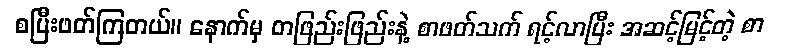
စပြီးဖတ်ကြတယ်။ နောက်မှ တဖြည်းဖြည်းနဲ့ စာဖတ်သက် ရင့်လာပြီး အဆင့်မြင့်တဲ့ စာ